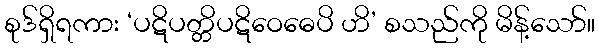
စုဒ်ရှိရကား ‘ပဋိပတ္တိပဋိဝေဓေပိ ဟိ’ စသည်ကို မိန့်သော်။